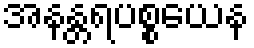
အနန္တရပစ္စယေန